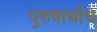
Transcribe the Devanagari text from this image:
पुरुषार्थाचे